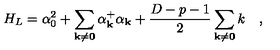
H _ { L } = \alpha _ { 0 } ^ { 2 } + \sum _ { \bf { k \neq 0 } } \alpha _ { \bf k } ^ { + } \alpha _ { \bf k } + \frac { D - p - 1 } { 2 } \sum _ { \bf { k \neq 0 } } k \quad ,